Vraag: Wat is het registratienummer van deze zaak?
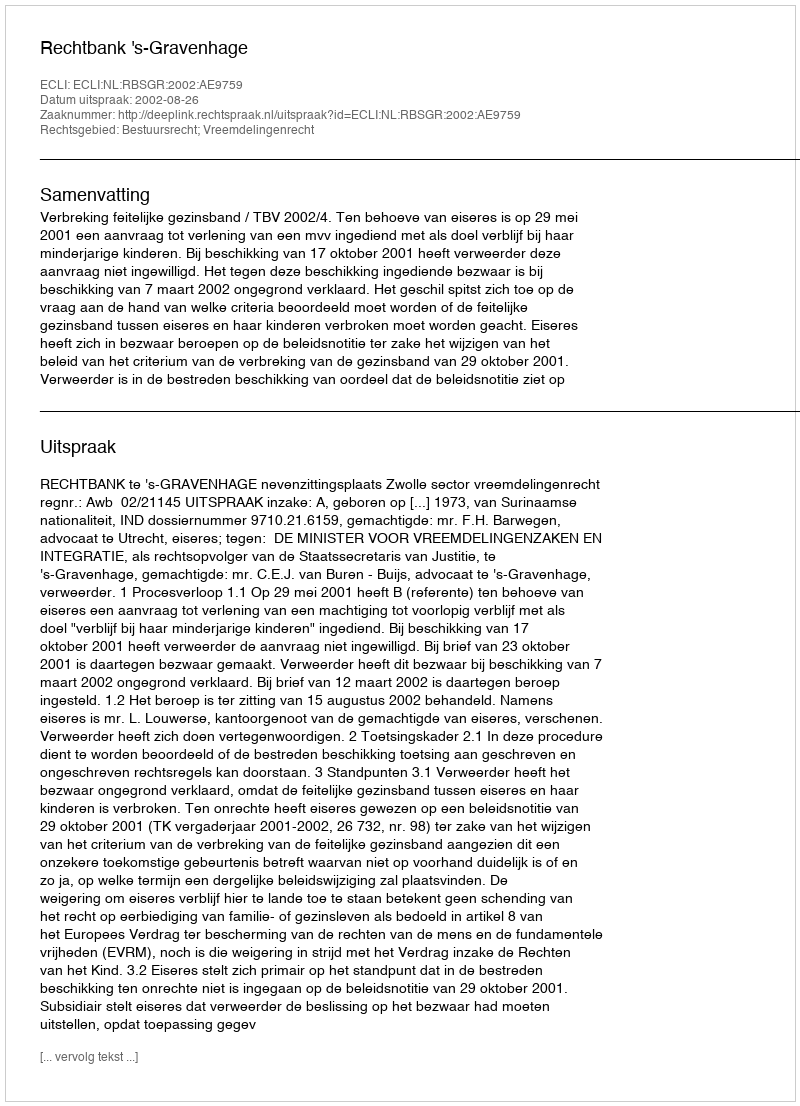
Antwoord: http://deeplink.rechtspraak.nl/uitspraak?id=ECLI:NL:RBSGR:2002:AE9759